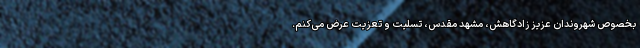
بخصوص شهروندان عزیز زادگاهش، مشهد مقدس، تسلیت و تعزیت عرض می‌کنم.